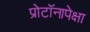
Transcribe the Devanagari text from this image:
प्रोटॉनापेक्षा